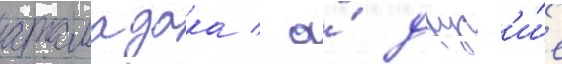
атамадака / а́ друг'и́е